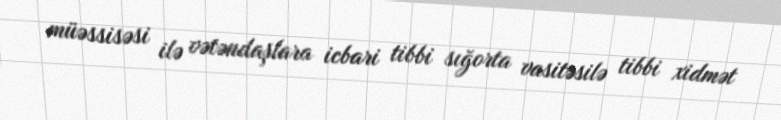
müəssisəsi ilə vətəndaşlara icbari tibbi sığorta vasitəsilə tibbi xidmət